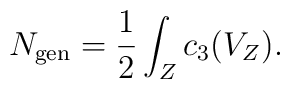
N_{\rm gen}={1\over 2} \int_Z c_3(V_Z).